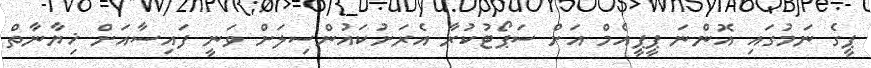
ޕީގެ ނަމުގައި އޮންނަ ޕީޕީއެމް އަށް ސަޕޯޓުކުރާ އެރަށުކައުންސިލަށް ވަނީ ފައިސާއަށް ޚިޔާނާތް